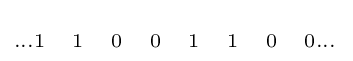
\scriptstyle \dots 1\quad 1\quad 0\quad 0\quad 1\quad 1\quad 0\quad 0\dots